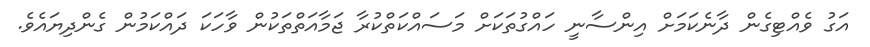
އަގު ވެއްޓިގެން ދާނެކަމަށް އިންސާނީ ހައްގުތަކަށް މަސައްކަތްކުރާ ޖަމާއަތްތަކުން ވާހަކަ ދައްކަމުން ގެންދިޔައެވެ.